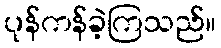
ပုန်ကန်ခဲ့ကြသည်။